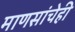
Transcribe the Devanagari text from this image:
माणसांचेही